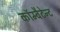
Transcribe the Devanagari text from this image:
कॉम्बैटेन्ट